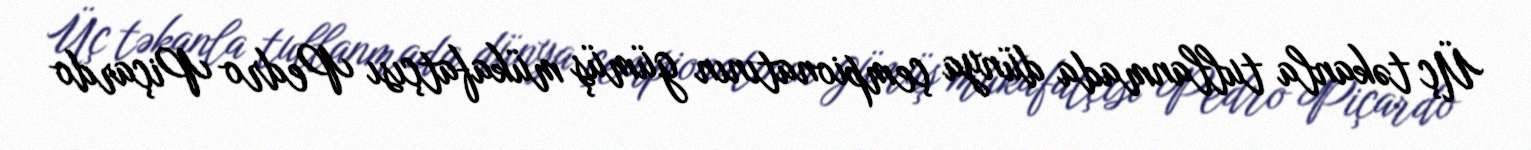
Üç təkanla tullanmada dünya çempionatının gümüş mükafatçısı Pedro Piçardo